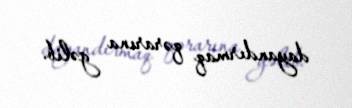
dayandırmaq qərarına gəlib.